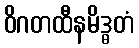
ဝိဂတထီနမိဒ္ဓတံ